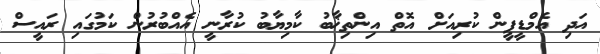
އަދި އެމްޑީޕީން ކުރިއަށް އޮތް އިންތިޚާބު ކާމިޔާބު ކުރާނީ އެއްބުރުން ކަމުގައި ރައީސް